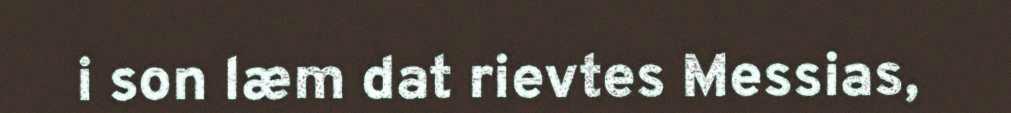
i son læm dat rievtes Messias,